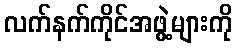
လက်နက်ကိုင်အဖွဲ့များကို